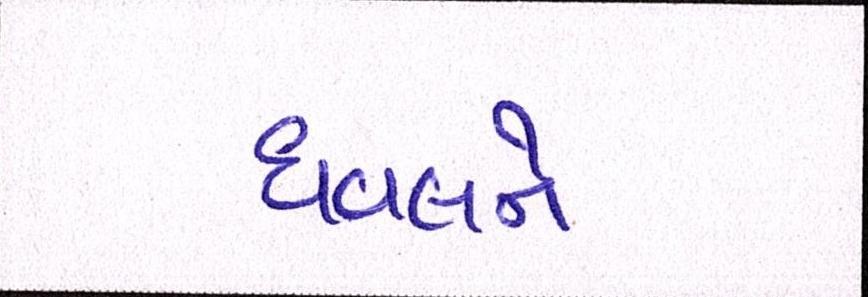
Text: ધવલને